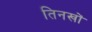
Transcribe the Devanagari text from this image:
तिनखों